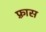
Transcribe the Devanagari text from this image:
फ़्रास